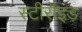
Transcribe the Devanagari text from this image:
स्टीरॉइड